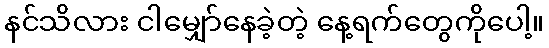
နင်သိလား ငါမျှော်နေခဲ့တဲ့ နေ့ရက်တွေကိုပေါ့။